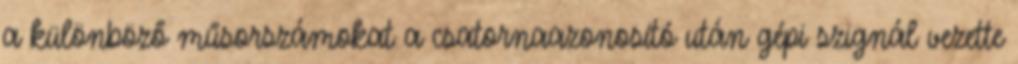
a különböző műsorszámokat a csatornaazonosító után gépi szignál vezette